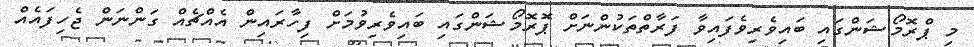
މި ޕްރޮމޯޝަންގައި ބައިވެރިވެފައިވާ ފަރާތްތަކުންނަށް ޕޮރޮމޯޝަންގައި ބައިވެރިވުމަށް ފިހާރައިން އެއްޗެއް ގަންނަން ޖެހިފައެއް